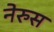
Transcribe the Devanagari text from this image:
नेरुस